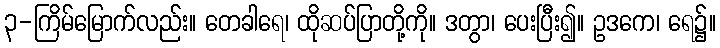
၃-ကြိမ်မြောက်လည်း။ တေခါရေ၊ ထိုဆပ်ပြာတို့ကို။ ဒတွာ၊ ပေးပြီး၍။ ဥဒကေ၊ ရေ၌။